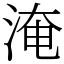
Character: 淹